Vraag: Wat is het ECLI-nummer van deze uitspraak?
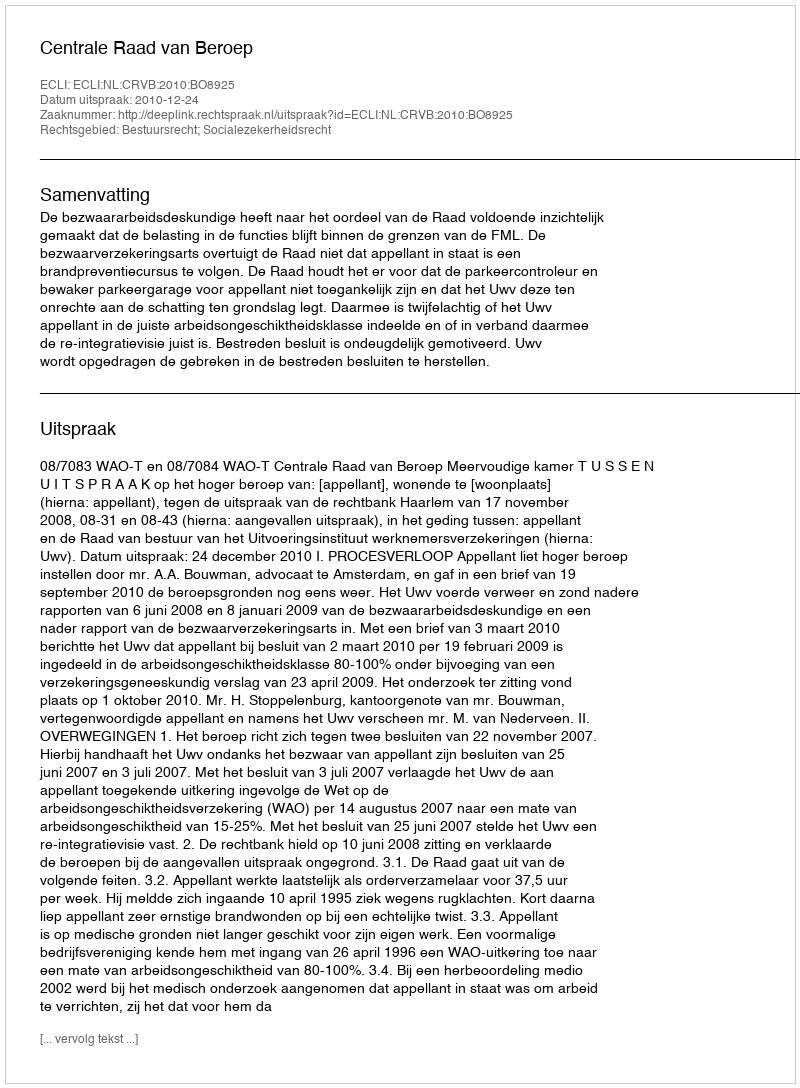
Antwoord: ECLI:NL:CRVB:2010:BO8925